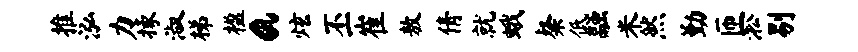
推泓力掾淑梯楹a炫丕崔敖倩就蛾粲低融米然勤匝淞剔